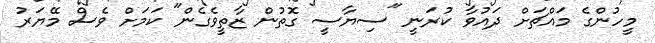
މީހުންގެ މައްޗަށް ދައުވާ ކުރަނީ "ސިޔާސީ ގޮތުން ޒާތީވެގެން" ކަމަށް ވެސް މޭޔަރު